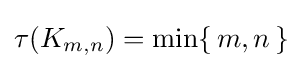
\tau (K_{m,n})=\min\{\,m,n\,\}